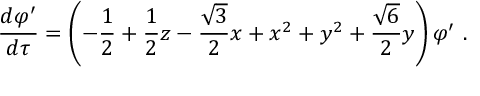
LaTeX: \frac { d \varphi ^ { \prime } } { d \tau } = \left( - \frac 1 2 + \frac 1 2 z - \frac { \sqrt { 3 } } { 2 } x + x ^ { 2 } + y ^ { 2 } + \frac { \sqrt 6 } { 2 } y \right) \varphi ^ { \prime } \ .